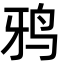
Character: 鸦